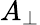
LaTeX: A_{\bot}